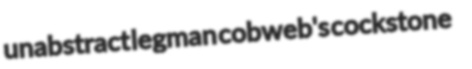
unabstract legman cobweb's cockstone